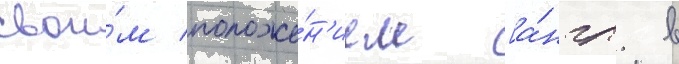
свои́м положе́н'ием [а́нгл. в